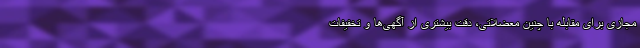
مجازی برای مقابله با چنین معضلاتی، دقت بیشتری از آگهی‌ها و تخفیفات